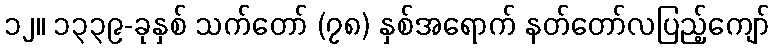
၁၂။ ၁၃၃၉-ခုနှစ် သက်တော် (၇၈) နှစ်အရောက် နတ်တော်လပြည့်ကျော်